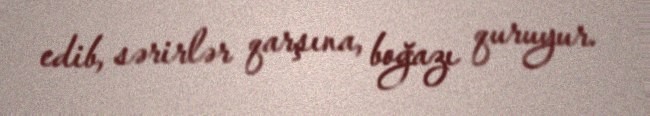
edib, sərirlər qarşına, boğazı quruyur.